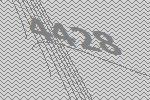
4428